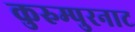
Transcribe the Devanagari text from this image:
कुरुम्पुरनाट